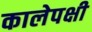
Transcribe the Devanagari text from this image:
कालेपक्षी